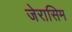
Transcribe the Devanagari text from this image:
जेरासिम